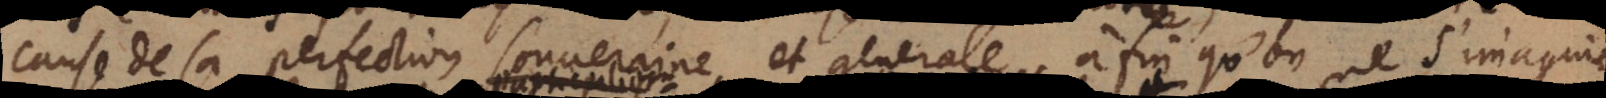
de sa perfection souveraine et generale, à fin qu’on ne s’imagine